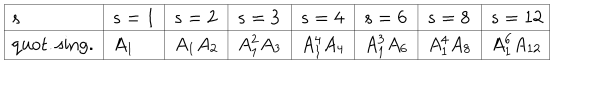
\begin{array} { | l | l | l | l | l | l | l | l | } \hline { { s } } & { { s = 1 } } & { { s = 2 } } & { { s = 3 } } & { { s = 4 } } & { { s = 6 } } & { { s = 8 } } & { { s = 1 2 } } \\ \hline { { \mathrm { q u o t . s i n g . } } } & { { A _ { 1 } } } & { { A _ { 1 } A _ { 2 } } } & { { A _ { 1 } ^ { 2 } A _ { 3 } } } & { { A _ { 1 } ^ { 4 } A _ { 4 } } } & { { A _ { 1 } ^ { 3 } A _ { 6 } } } & { { A _ { 1 } ^ { 4 } A _ { 8 } } } & { { A _ { 1 } ^ { 6 } A _ { 1 2 } } } \\ \hline { { } } \\ \end{array}